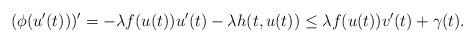
LaTeX: \begin{align*}(\phi(u'(t)))' = - \lambda f(u(t))u'(t) - \lambda h(t,u(t)) \leq \lambda f(u(t))v'(t) + \gamma(t).\end{align*}